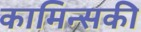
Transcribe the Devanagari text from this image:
कामिन्सकी